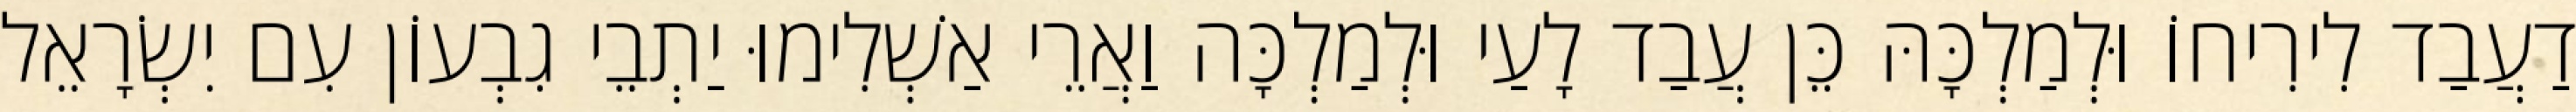
דַעֲבַד לִירִיחוֹ וּלְמַלְכָּהּ כֵּן עֲבַד לָעַי וּלְמַלְכָּה וַאֲרֵי אַשְׁלִימוּ יַתְבֵי גִבְעוֹן עִם יִשְׂרָאֵל